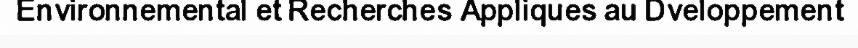
Environnemental et Recherches Appliques au Dveloppement